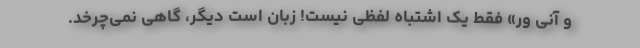
و آنی وِر» فقط یک اشتباه لفظی نیست! زبان است دیگر، گاهی نمی‌چرخد.